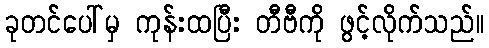
ခုတင်ပေါ်မှ ကုန်းထပြီး တီဗီကို ဖွင့်လိုက်သည်။